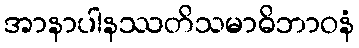
အာနာပါနဿတိသမာဓိဘာဝနံ